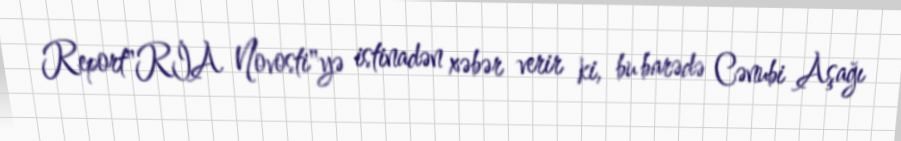
Report"RİA Novosti"yə istinadən xəbər verir ki, bu barədə Cənubi Aşağı